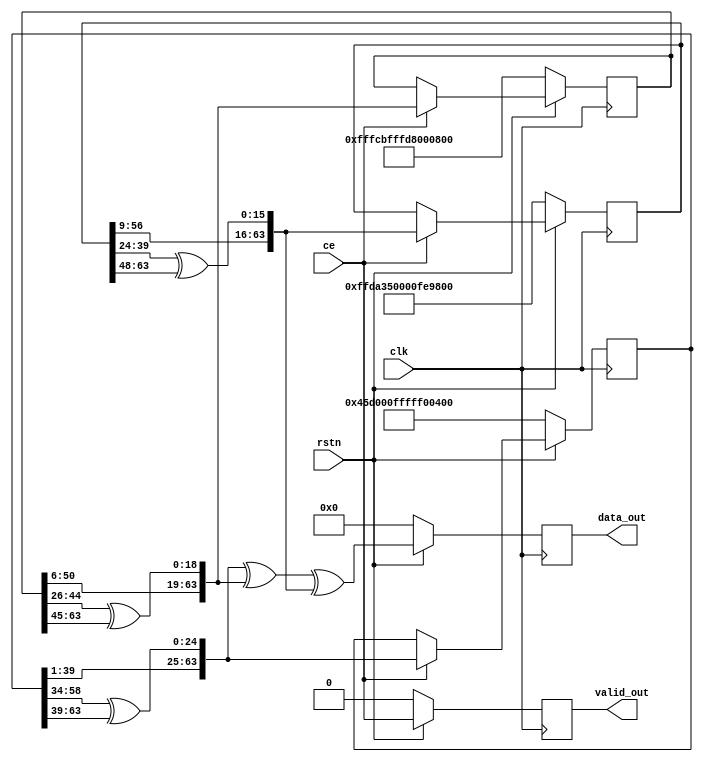

module gng_ctg #(
    parameter INIT_Z1 = 64'd5030521883283424767,
    parameter INIT_Z2 = 64'd18445829279364155008,
    parameter INIT_Z3 = 64'd18436106298727503359
)
(
    // System signals
    input clk,                    // system clock
    input rstn,                   // system synchronous reset, active low

    // Data interface
    input ce,                     // clock enable
    output reg valid_out,         // output data valid
    output reg [63:0] data_out    // output data
);

// Local variables
reg [63:0] z1, z2, z3;
wire [63:0] z1_next, z2_next, z3_next;


// Update state
assign z1_next = {z1[39:1], z1[58:34] ^ z1[63:39]};
assign z2_next = {z2[50:6], z2[44:26] ^ z2[63:45]};
assign z3_next = {z3[56:9], z3[39:24] ^ z3[63:48]};

always @ (posedge clk) begin
    if (!rstn) begin
        z1 <= INIT_Z1;
        z2 <= INIT_Z2;
        z3 <= INIT_Z3;
    end
    else if (ce) begin
        z1 <= z1_next;
        z2 <= z2_next;
        z3 <= z3_next;
    end
end


// Output data
always @ (posedge clk) begin
    if (!rstn)
        valid_out <= 1'b0;
    else
        valid_out <= ce;
end

always @ (posedge clk) begin
    if (!rstn)
        data_out <= 64'd0;
    else
        data_out <= z1_next ^ z2_next ^ z3_next;
end


endmodule